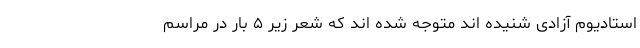
استادیوم آزادی شنیده اند متوجه شده اند که شعر زیر ۵ بار در مراسم